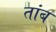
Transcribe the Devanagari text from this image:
तांब